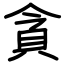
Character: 貪